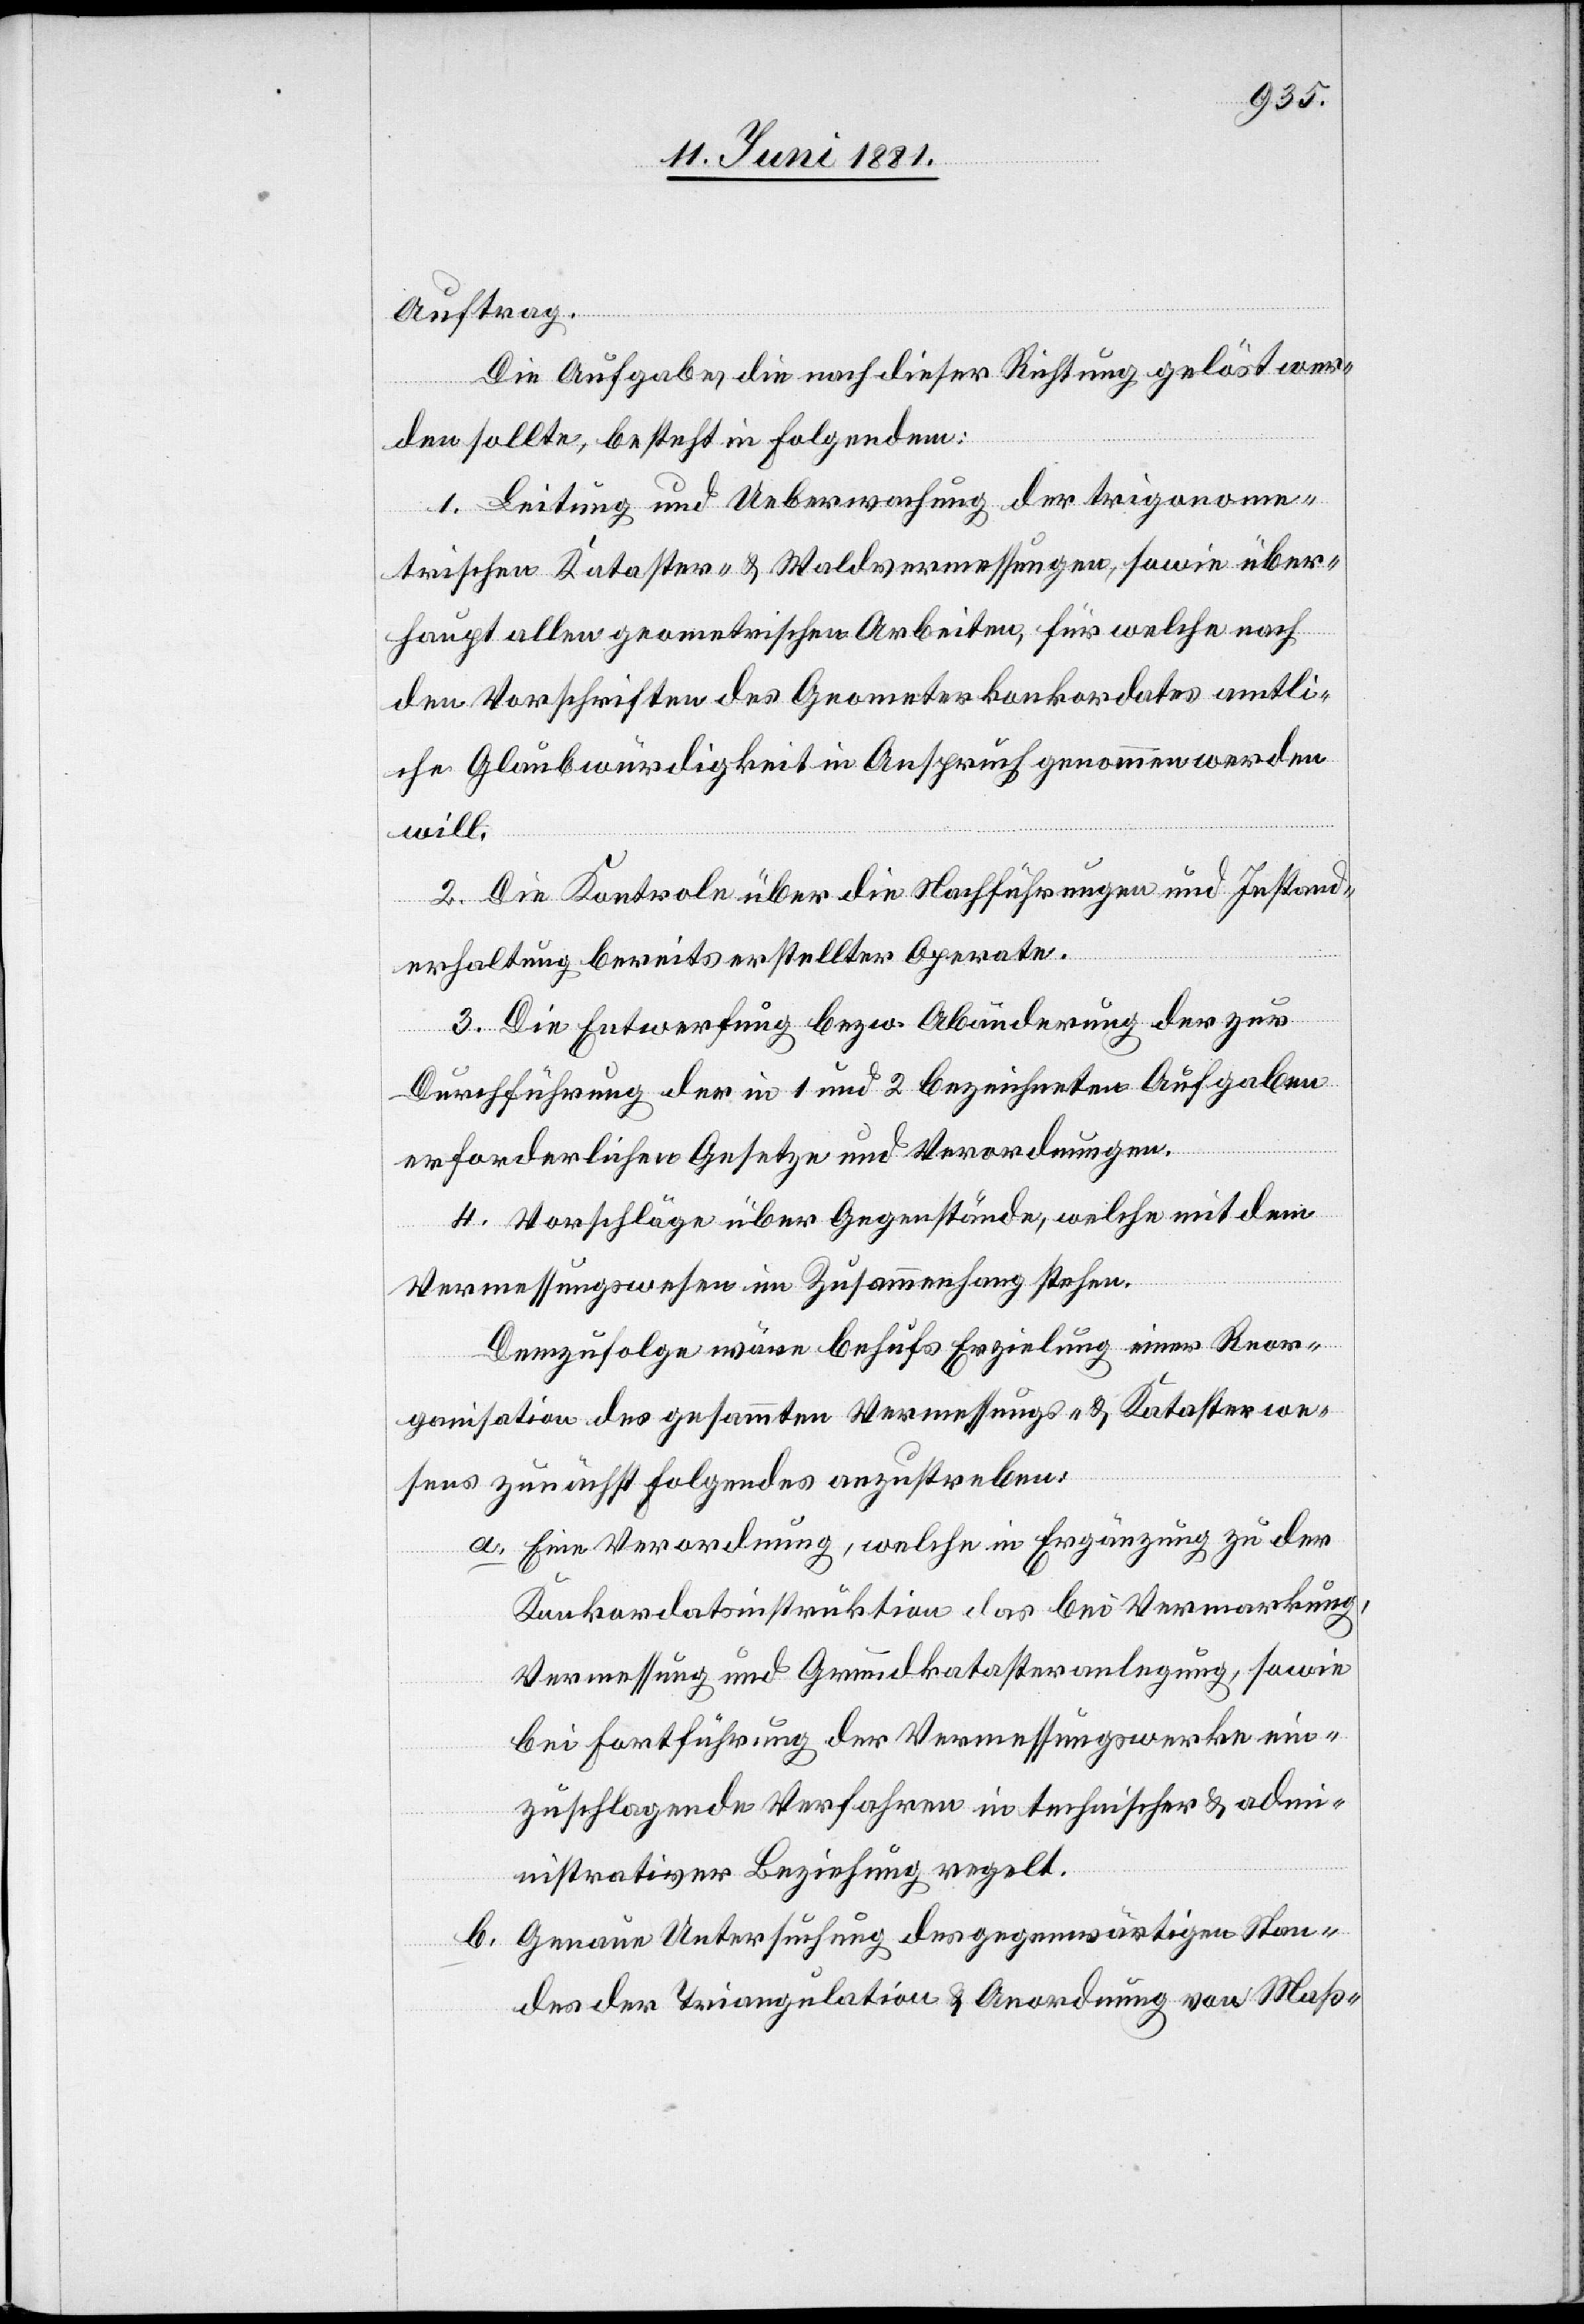
Auftrag.
Die Aufgabe, die nach dieser Richtung gelöst wer¬
den sollte, besteht in Folgendem:
1. Leitung und Uebermachung der trigonome¬
trischen Kataster- & Waldvermessungen, sowie über¬
haupt allen geometrischen Arbeiten, für welche nach
den Vorschriften des Geometerkonkordates amtli¬
che Glaubwürdigkeit in Anspruch genommen werden
will.
2. Die Kontrole über die Nachführungen und Instand¬
erhaltung bereits erstellter Aparate.
3. Die Entwerfung bezw. Abänderung der zur
Durchführung der in 1 und 2 bezeichneten Aufgaben
erforderlichen Gesetze und Verordnungen.
4. Vorschläge über Gegenstände, welche mit dem
Vermessungswesen im Zusammenhang stehen.
Demzufolge wäre behufs Erzielung einer Reor¬
ganisation des gesammten Vermessungs- & Katasterwe¬
sens zunächst folgendes anzustreben:
a. Eine Verordnung, welche in Ergänzung zu der
Konkordatsinstruktion das bei Vermarkung,
Vermessung und Grundkatasteranlegung, sowie
bei Fortführung der Vermessungswerke ein¬
zuschlagende Verfahren in technischer & admi¬
nistrativer Beziehung regelt.
b. Genaue Untersuchung des gegenwärtigen Stan¬
des der Triangulation & Anordnung von Maß-